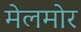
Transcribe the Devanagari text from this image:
मेलमोर